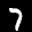
Label: 7